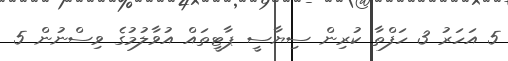
5 އަހަރު 3 ހަފްތާ ކުރިން ސިޔާސީ ޕާޓީތައް އުވާލުމުގެ ވިސްނުން 5